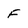
Character: F